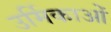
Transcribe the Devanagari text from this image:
उर्मिकाओं